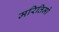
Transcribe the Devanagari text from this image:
मरितिमो